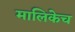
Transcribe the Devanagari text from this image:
मालिकेच